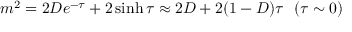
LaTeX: m ^ { 2 } = 2 D e ^ { - \tau } + 2 \sinh \tau \approx 2 D + 2 ( 1 - D ) \tau ~ ~ ( \tau \sim 0 )